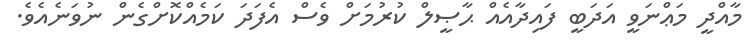
މާއްދީ މަޢްނަވީ އަދަބީ ފައިދާއެއް ޙާޞީލް ކުރުމަށް ވެސް އެފަދަ ކަމެއްކޮށްގެން ނުވަނެއެވެ.